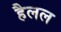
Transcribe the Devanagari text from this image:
हैलल